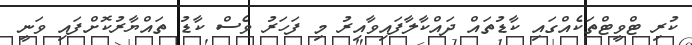
ކުރި ޓްވީޓްތަކެއްގައި ކާޑުތައް ދައްކާލާފައިވާއިރު މި ފަހަރު ވެސް ކާޑު ތައްޔާރުކޮށްފައި ވަނީ